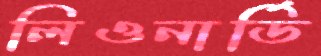
লিওনার্ডি